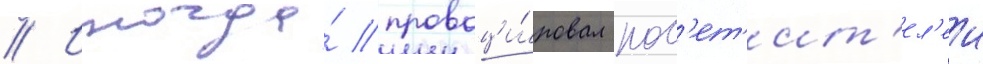
// Иногда́ провоци́ровал пос'ет'ит'ел'еи